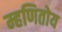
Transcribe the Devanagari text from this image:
म्हणितोय